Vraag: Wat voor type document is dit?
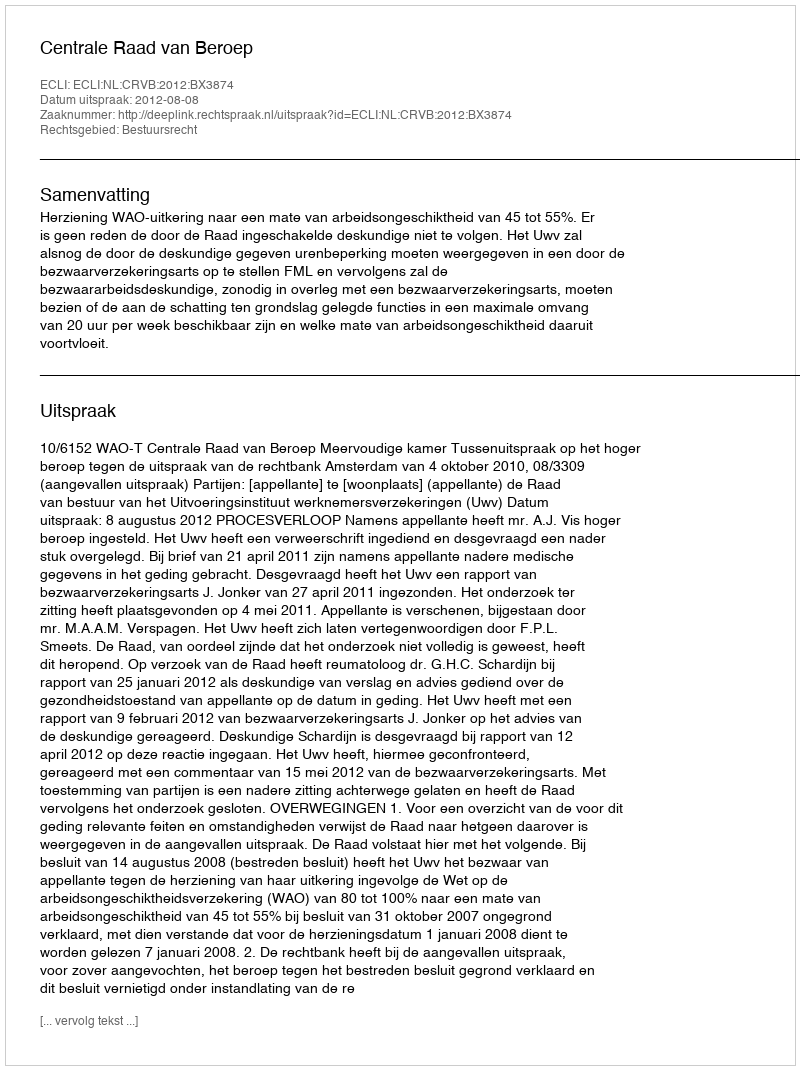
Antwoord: Uitspraak